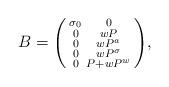
LaTeX: \begin{align*}\setlength\arraycolsep{1pt}B=\begin{psmallmatrix}\sigma_0 & 0 \\0 & w P \\0 & w P^a \\0 & w P^{\sigma} \\0 & P+w P^w\end{psmallmatrix},\end{align*}